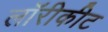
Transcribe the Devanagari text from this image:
लॉरीकीट